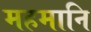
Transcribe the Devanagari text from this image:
महमानि